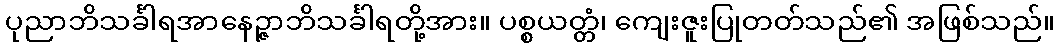
ပုညာဘိသင်္ခါရအာနေဉ္ဇာဘိသင်္ခါရတို့အား။ ပစ္စယတ္တံ၊ ကျေးဇူးပြုတတ်သည်၏ အဖြစ်သည်။